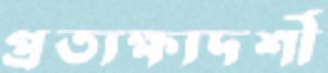
প্রত্যক্ষ্যদর্শী